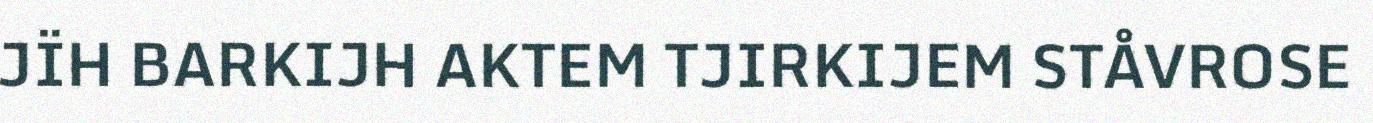
JÏH BARKIJH AKTEM TJIRKIJEM STÅVROSE